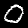
Label: 0